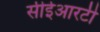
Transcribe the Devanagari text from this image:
सीईआरटी